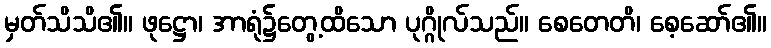
မှတ်သိသိ၏။ ဖုဋ္ဌော၊ အာရုံ၌တွေ့ထိသော ပုဂ္ဂိုလ်သည်။ စေတေတိ၊ စေ့ဆော်၏။